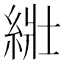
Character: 𦀜